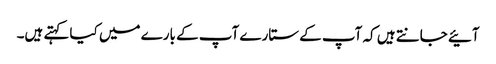
آئیے جانتے ہیں کہ آپ کے ستارے آپ کے بارے میں کیا کہتے ہیں۔